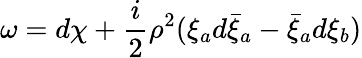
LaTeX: \omega=d\chi+\frac{i}{2}\rho^{2}(\xi_{a}d\bar{\xi}_{a}-\bar{\xi}_{a}d\xi_{b})